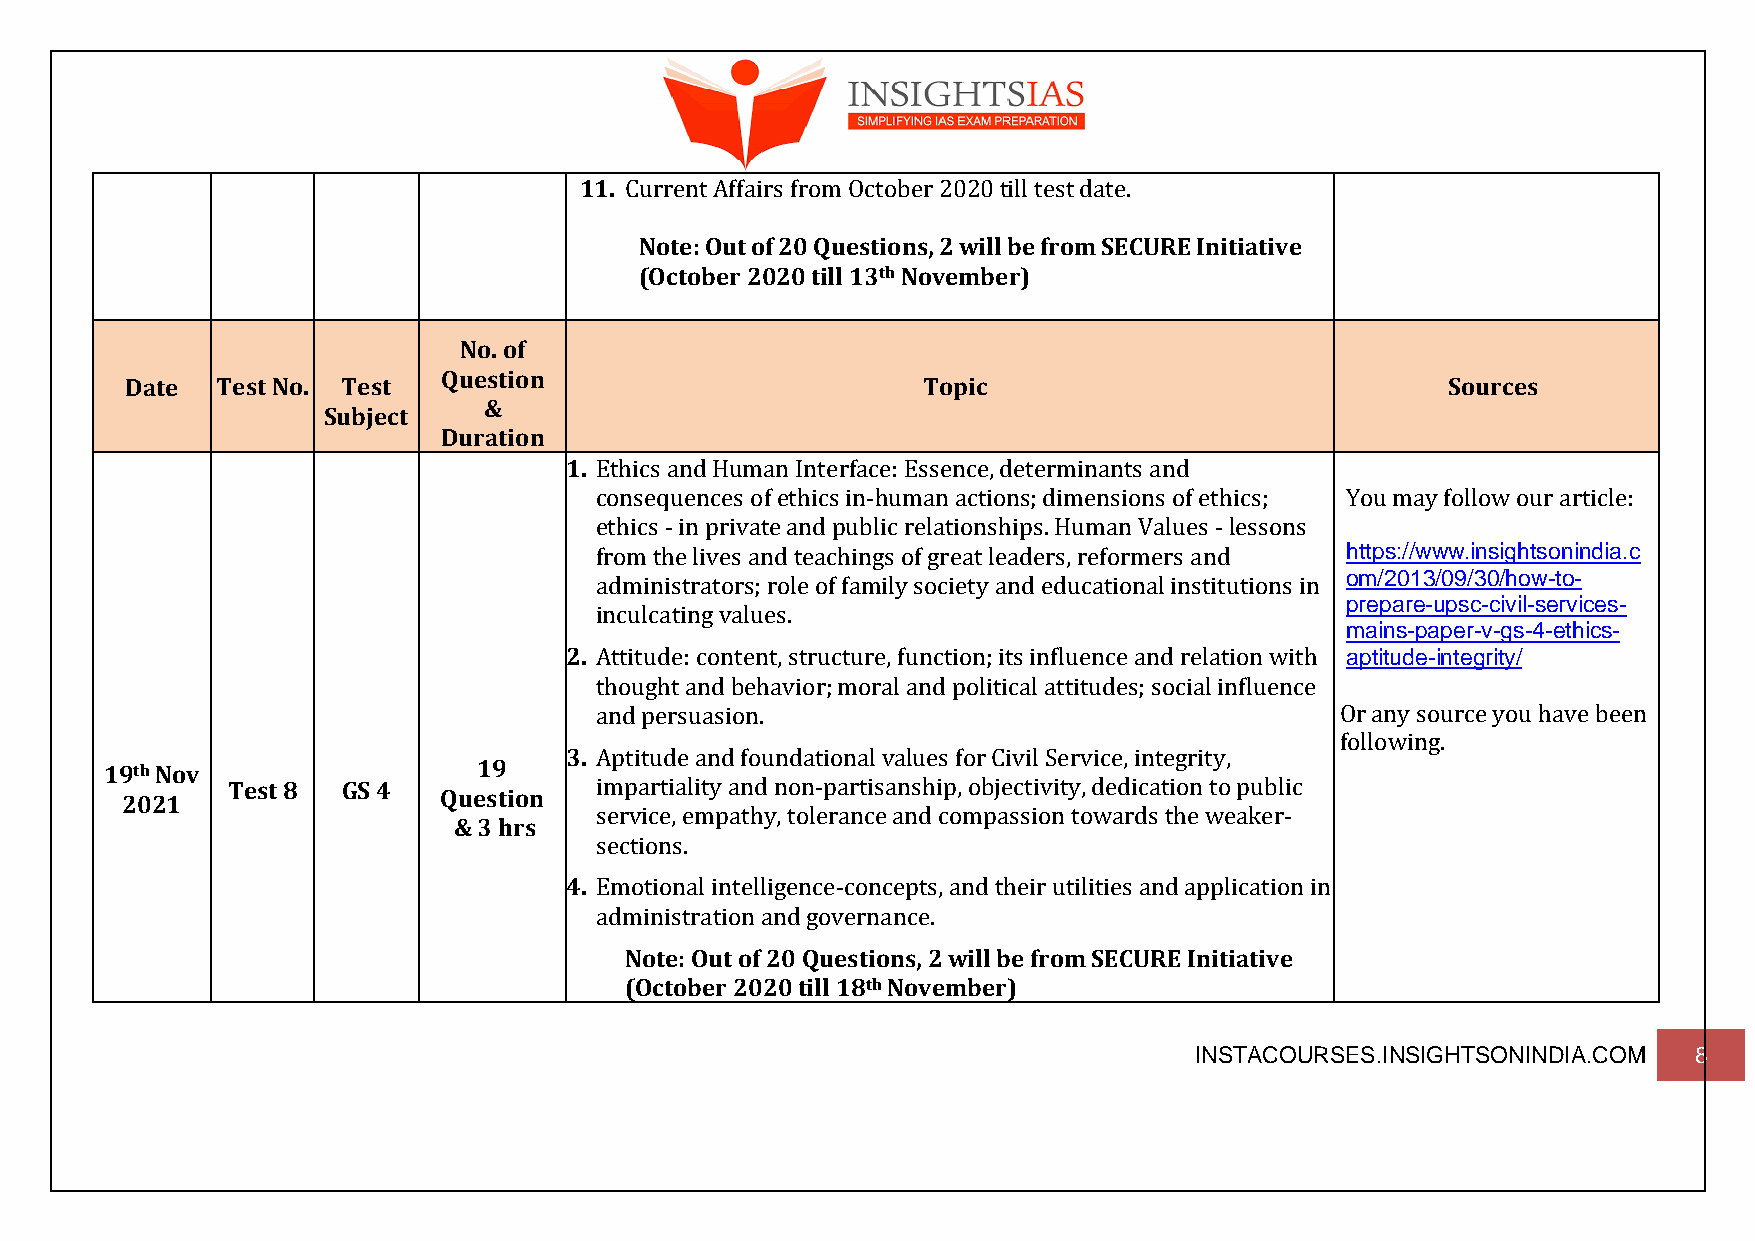
11. Current Affairs from October 2020 till test date.
 Note: Out of 20 Questions, 2 will be from SECURE Initiative
 (October 2020 till 13th November)
 No. of
 Question
 Date  Test No. Test                                  Topic                              Sources
 &
 Subject
 Duration
 1. Ethics and Human Interface: Essence, determinants and
 consequences of ethics in-human actions; dimensions of ethics; You may follow our article:
 ethics - in private and public relationships. Human Values - lessons
 from the lives and teachings of great leaders, reformers and https://www.insightsonindia.c
 om/2013/09/30/how-to-
 administrators; role of family society and educational institutions in
 prepare-upsc-civil-services-
 inculcating values.
 mains-paper-v-gs-4-ethics-
 2. Attitude: content, structure, function; its influence and relation with aptitude-integrity/
 thought and behavior; moral and political attitudes; social influence
 and persuasion.                                   Or any source you have been
 following.
 3. Aptitude and foundational values for Civil Service, integrity,
 19th Nov                 19
 Test 8  GS 4            impartiality and non-partisanship, objectivity, dedication to public
 Question
 2021
 service, empathy, tolerance and compassion towards the weaker-
 & 3 hrs
 sections.
 4. Emotional intelligence-concepts, and their utilities and application in
 administration and governance.
 Note: Out of 20 Questions, 2 will be from SECURE Initiative
 (October 2020 till 18th November)
 INSTACOURSES.INSIGHTSONINDIA.COM 8